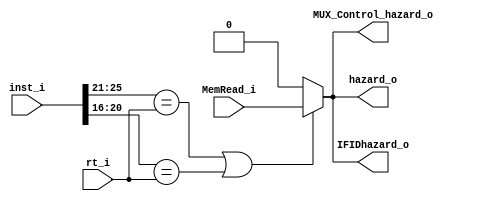
module HazardDetection(
    inst_i, 
    rt_i, 
    MemRead_i, 
    hazard_o, 
    IFIDhazard_o, 
    MUX_Control_hazard_o
);

input				MemRead_i;
input	[4:0]		rt_i;
input	[31:0]		inst_i;
output				hazard_o, IFIDhazard_o, MUX_Control_hazard_o;
wire				hazard_o;

assign	hazard_o = ((inst_i[25:21] == rt_i)|(inst_i[20:16] == rt_i))? MemRead_i : 1'b0;
assign	IFIDhazard_o = hazard_o;
assign	MUX_Control_hazard_o = hazard_o;

endmodule